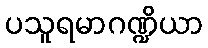
ပသူရမာဂဏ္ဍိယာ